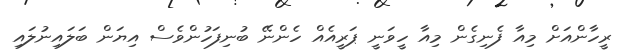
ރީހާންއަށް މިއާ ފެނިގެން މިއާ ހީވަނީ ޕަރީއެއް ހެންނޭ ބުނިފަހުންވެސް އިޔަން ބަލައިނުލައި